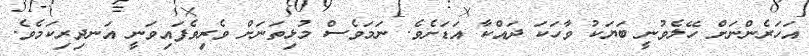
އަހަރެންނަށް ހޭލެވުނީ ބަޔަކު ވާހަކަ ދައްކާ އަޑަށެވެ. ނަމަވެސް މުޅިތަނަށް ވެރިވެފައިވަނީ އަނދިރިކަމެވެ.